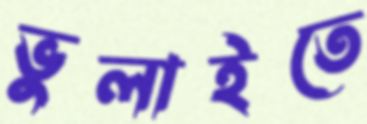
ভুলাইতে